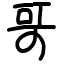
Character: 哥